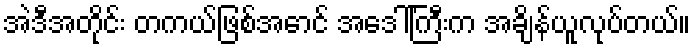
အဲဒီအတိုင်း တကယ်ဖြစ်အောင် အဒေါ်ကြီးက အချိန်ယူလုပ်တယ်။